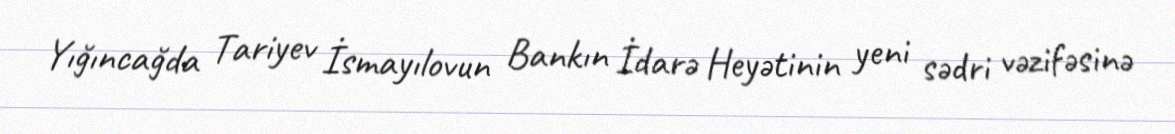
Yığıncağda Tariyev İsmayılovun Bankın İdarə Heyətinin yeni sədri vəzifəsinə